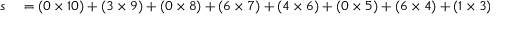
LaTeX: \begin{array} { r l } { s } & { { } = ( 0 \times 1 0 ) + ( 3 \times 9 ) + ( 0 \times 8 ) + ( 6 \times 7 ) + ( 4 \times 6 ) + ( 0 \times 5 ) + ( 6 \times 4 ) + ( 1 \times 3 ) + ( 5 \times 2 ) } \end{array}